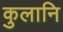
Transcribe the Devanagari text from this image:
कुलानि